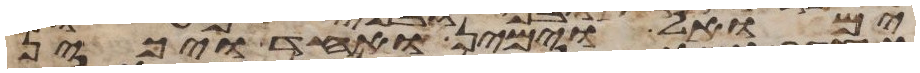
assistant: ימואל וימין ואחד ויכין